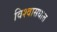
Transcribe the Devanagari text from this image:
विश्वासधात्त